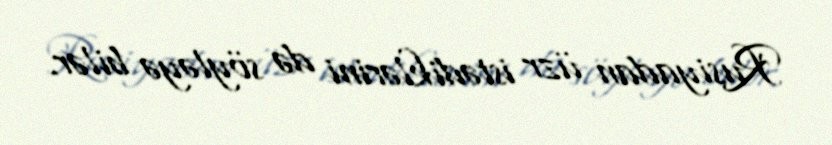
Rusiyadan üzr istədiklərini də söyləyə bilər.